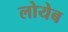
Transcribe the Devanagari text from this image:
लोयेब